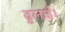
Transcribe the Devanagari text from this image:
ढुलाई।